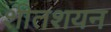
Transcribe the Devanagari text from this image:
शीतशयन